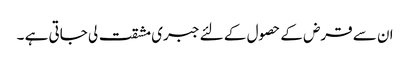
ان سے قرض کے حصول کے لئے جبری مشقت لی جاتی ہے ۔